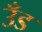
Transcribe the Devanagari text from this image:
उँड